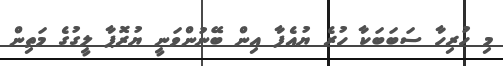
މި ހުރިހާ ސަބަބަކާ ހުރެ ޔުއެފާ އިން ބޭނުންވަނީ ޔުރޮޕާ ލީގުގެ މަތިން